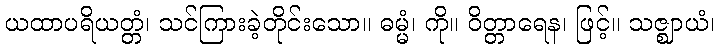
ယထာပရိယတ္တံ၊ သင်ကြားခဲ့တိုင်းသော။ ဓမ္မံ၊ ကို။ ဝိတ္တာရေန၊ ဖြင့်။ သဇ္ဈာယံ၊